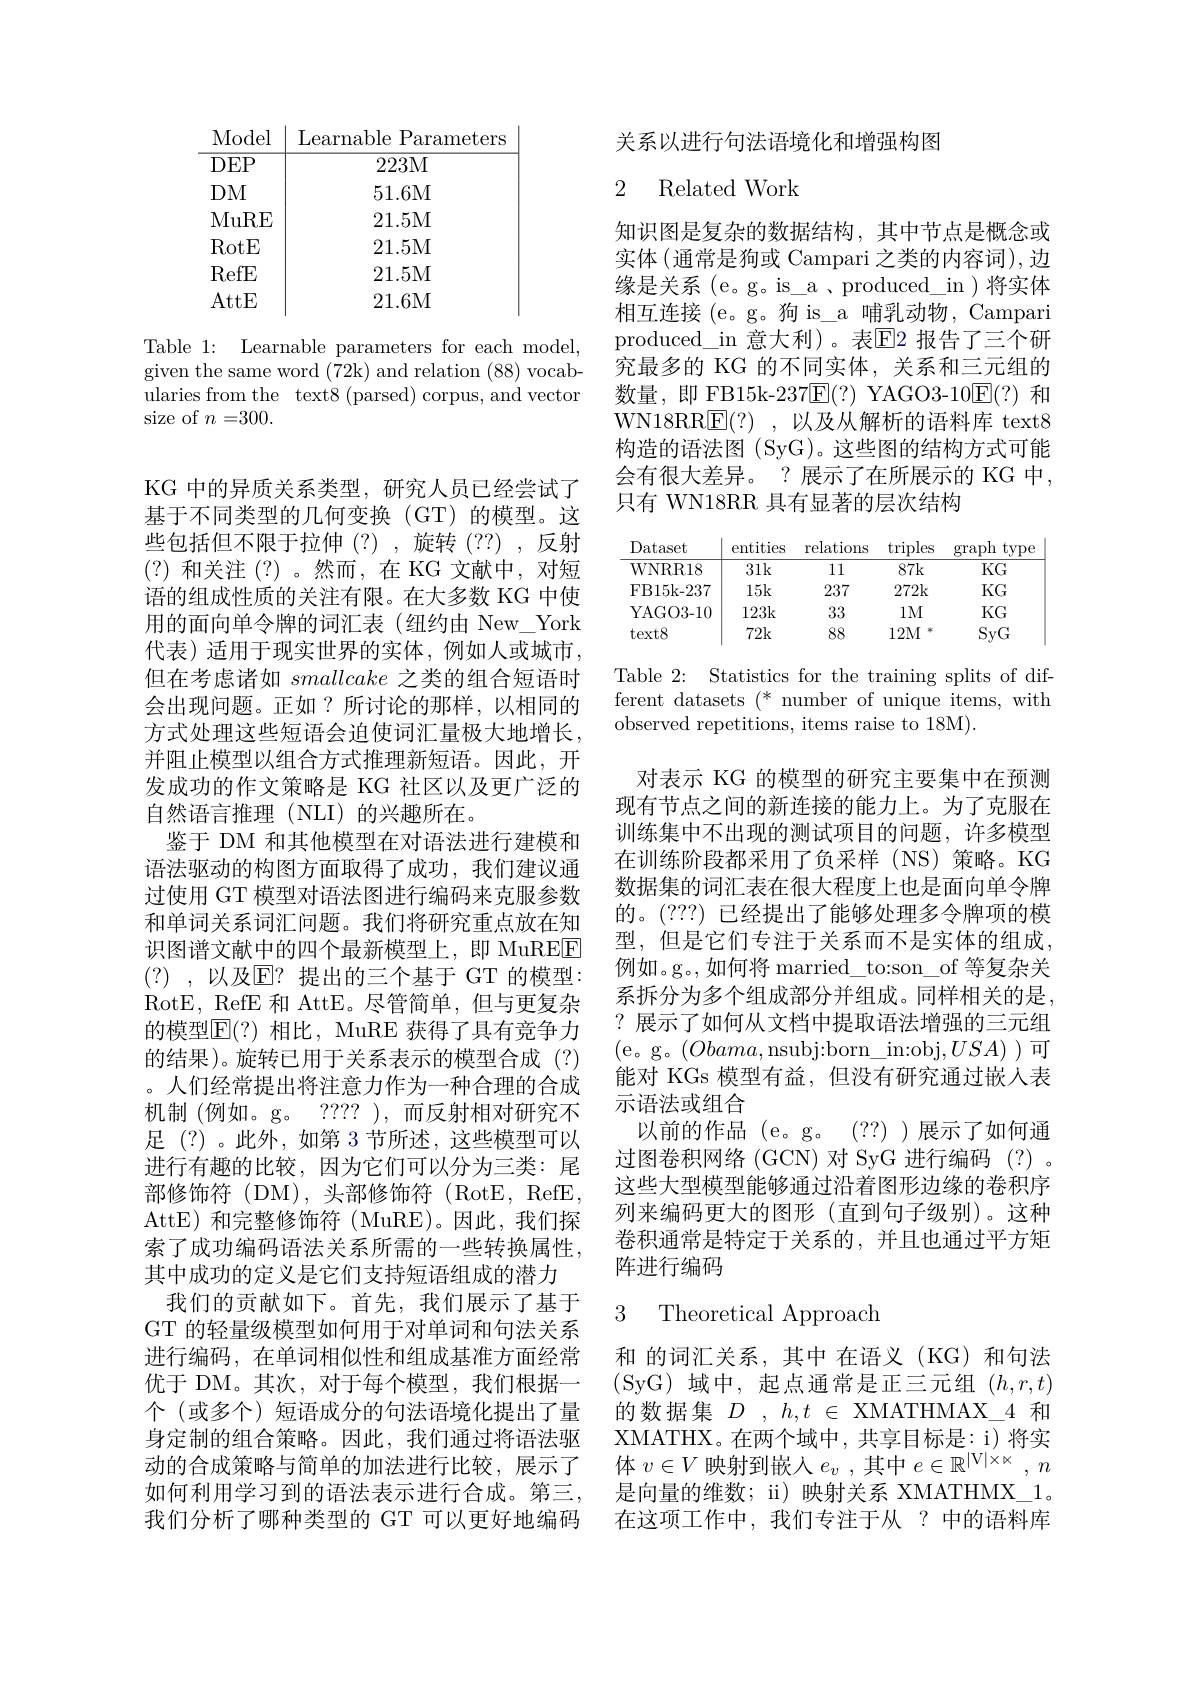
<table>
	<tbody>
		<tr>
			<td>$DEP$</td>
			<td>223M</td>
		</tr>
		<tr>
			<td>$DM$</td>
			<td>51.6M</td>
		</tr>
		<tr>
			<td>MuRE</td>
			<td>21.5M</td>
		</tr>
		<tr>
			<td>RotE</td>
			<td>21.5M</td>
		</tr>
		<tr>
			<td>RefE</td>
			<td>21.5M</td>
		</tr>
		<tr>
			<td>AttE</td>
			<td>21.6M</td>
		</tr>
	</tbody>
</table>

Table 1: Learnable parameters for each model, given the same word (72k) and relation (88) vocabularies from the text8 (parsed) corpus, and vector size of $n=300.$

KG 中的异质关系类型，研究人员已经尝试了基于不同类型的几何变换(GT)的模型。这些包括但不限于拉伸(?),旋转(??),反射(?)和关注(?)。然而，在 KG 文献中，对短语的组成性质的关注有限。在大多数 KG 中使用的面向单令牌的词汇表(纽约由 New\_York 代表)适用于现实世界的实体，例如人或城市， 但在考虑诸如smallcake之类的组合短语时会出现问题。正如？所讨论的那样，以相同的方式处理这些短语会迫使词汇量极大地增长， 并阻止模型以组合方式推理新短语。因此，开发成功的作文策略是 KG 社区以及更广泛的自然语言推理(NLI)的兴趣所在。
鉴于 DM 和其他模型在对语法进行建模和语法驱动的构图方面取得了成功，我们建议通过使用 GT 模型对语法图进行编码来克服参数和单词关系词汇问题。我们将研究重点放在知识图谱文献中的四个最新模型上，即 MuREE (?) ,以及$\overline{\mathrm{E}}?$ 提出的三个基于 GT 的模型： RotE, RefE 和 AttE。尽管简单，但与更复杂的模型$\mathbb{E}(?)$ 相比，MuRE 获得了具有竞争力的结果)。旋转已用于关系表示的模型合成(?) 。人们经常提出将注意力作为一种合理的合成机制 (例如。g。???? ),而反射相对研究不足 (?) 。此外，如第 3 节所述，这些模型可以进行有趣的比较，因为它们可以分为三类：尾部修饰符(DM),头部修饰符(RotE,RefE, AttE) 和完整修饰符 (MuRE)。因此，我们探索了成功编码语法关系所需的一些转换属性， 其中成功的定义是它们支持短语组成的潜力
我们的贡献如下。首先，我们展示了基于GT 的轻量级模型如何用于对单词和句法关系进行编码，在单词相似性和组成基准方面经常优于 DM。其次，对于每个模型，我们根据一个(或多个)短语成分的句法语境化提出了量身定制的组合策略。因此，我们通过将语法驱动的合成策略与简单的加法进行比较，展示了如何利用学习到的语法表示进行合成。第三， 我们分析了哪种类型的 GT 可以更好地编码

关系以进行句法语境化和增强构图

# 2 Related Work

知识图是复杂的数据结构，其中节点是概念或实体$\left(\text{通常是狗或 Campari 之类的内容词}\right)$,边缘是关系 (e。g。is\_a\_produced\_in)将实体相互连接 (e。g。狗 is\_a 哺乳动物，Campari produced\_in 意大利)。表$\mathbb{E}$2 报告了三个研究最多的 KG 的不同实体，关系和三元组的数量，即 FB15k-237$\overline{\mathrm{E}}(?)$ YAGO3-10$\overline{\mathrm{E}}(?)$和WN18RR$\underline {\mathrm{E} }( ? )$ ,以及从解析的语料库 text8构造的语法图 (SyG)。这些图的结构方式可能会有很大差异。?展示了在所展示的 KG 中只有 WN18RR 具有显著的层次结构

<table>
	<tbody>
		<tr>
			<th>Dataset</th>
			<th>entities</th>
			<th>relations</th>
			<th>$\operatorname{triples}$</th>
			<th>$\operatorname{typ\epsilon}$ graph</th>
		</tr>
		<tr>
			<td>WNRR18</td>
			<td>31k</td>
			<td>11</td>
			<td>87k</td>
			<td>$KG$</td>
		</tr>
		<tr>
			<td>FB15k-237</td>
			<td>15k</td>
			<td>237</td>
			<td>272k</td>
			<td>$KG$</td>
		</tr>
		<tr>
			<td>YAGO3- 10</td>
			<td>123k</td>
			<td>33</td>
			<td>$1M$</td>
			<td>$KG$</td>
		</tr>
		<tr>
			<td>$text8$</td>
			<td>72k</td>
			<td>88</td>
			<td>12M</td>
			<td>SyG</td>
		</tr>
	</tbody>
</table>

Table 2: Statistics for the training splits of different datasets (* number of unique items, with observed repetitions, items raise to 18M).

对表示 KG 的模型的研究主要集中在预测现有节点之间的新连接的能力上。为了克服在训练集中不出现的测试项目的问题，许多模型在训练阶段都采用了负采样(NS)策略。KG 数据集的词汇表在很大程度上也是面向单令牌的。(???) 已经提出了能够处理多令牌项的模型，但是它们专注于关系而不是实体的组成例如。g。,如何将 married\_to:son\_of 等复杂关系拆分为多个组成部分并组成。同样相关的是?展示了如何从文档中提取语法增强的三元组(e。g。$(Obama$,nsubj:born\_in:obj$,USA)$)可能对 KGs 模型有益，但没有研究通过嵌入表示语法或组合
以前的作品(e。g。(??))展示了如何通过图卷积网络 (GCN) 对 SyG 进行编码 (?)。这些大型模型能够通过沿着图形边缘的卷积序列来编码更大的图形(直到句子级别)。这种卷积通常是特定于关系的，并且也通过平方矩阵进行编码

### 3 Theoretical Approach

和 的词汇关系，其中 在语义 (KG) 和句法(SyG)域中，起点通常是正三元组$(h,r,t)$ 的数据集$D,h,t\in$XMATHMAX\_4 和XMATHX。在两个域中，共享目标是：i)将实体$v\in V$映射到嵌入$e_v$ ,其中$e\in \mathbb{R} ^|$V| $\times \kappa$ , $n$ 是向量的维数；ii) 映射关系 XMATHMX\_1。在这项工作中，我们专注于从 ? 中的语料库